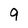
Character: 9